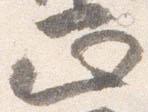
正